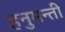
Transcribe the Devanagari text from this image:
हनुमन्ती